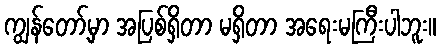
ကျွန်တော့်မှာ အပြစ်ရှိတာ မရှိတာ အရေးမကြီးပါဘူး။